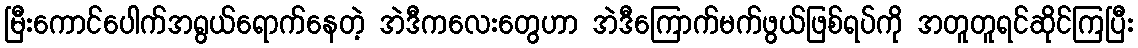
မြီးကောင်ပေါက်အရွယ်ရောက်နေတဲ့ အဲဒီကလေးတွေဟာ အဲဒီကြောက်မက်ဖွယ်ဖြစ်ရပ်ကို အတူတူရင်ဆိုင်ကြပြီး